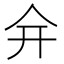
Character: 𠇋